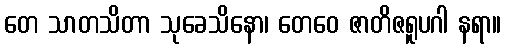
တေ သာတသိတာ သုခေသိနော၊ တေဝေ ဇာတိဇရူပဂါ နရာ။